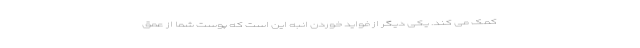
کمک می کند. یکی دیگر از فواید خوردن انبه این است که پوست شما از عمق